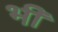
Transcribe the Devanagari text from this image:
भी